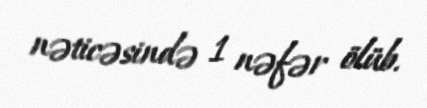
nəticəsində 1 nəfər ölüb.